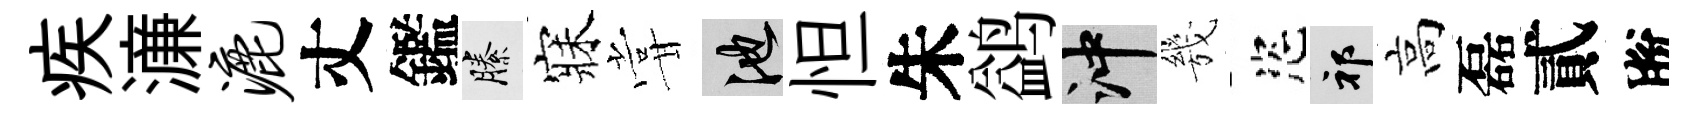
疾濓漉丈鑑縢寐甞池怛朱鹢冲㡬恣祁高磊貳脫